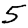
Digit: 5